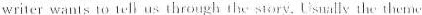
writer wants to 1 elu:throughth story. Usually the themy